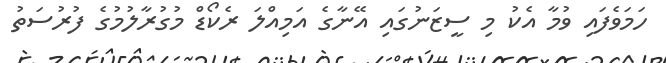
ހަމަވެފައި ވުމާ އެކު މި ސީޒަނުގައި އޭނާގެ އަމިއްލަ ރެކޯޑް މުގުރާލުމުގެ ފުރުސަތު